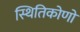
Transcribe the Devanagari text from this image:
स्थितिकोणों